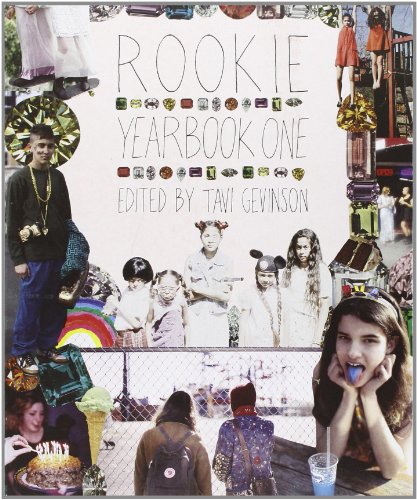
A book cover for Rookie Yearbook One; Tavi Gevinson; Teen & Young Adult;